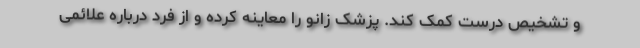
و تشخیص درست کمک کند. پزشک زانو را معاینه کرده و از فرد درباره علائمی